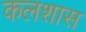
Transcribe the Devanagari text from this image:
कलशास